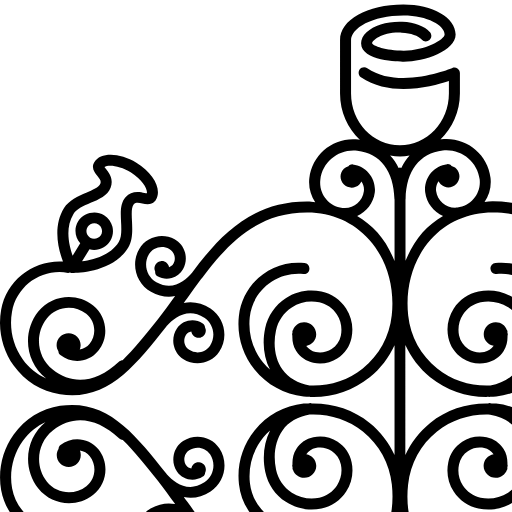
<?xml version="1.0" encoding="iso-8859-1"?>
<!-- Uploaded to: SVG Repo, www.svgrepo.com, Generator: SVG Repo Mixer Tools -->
<!DOCTYPE svg PUBLIC "-//W3C//DTD SVG 1.1//EN" "http://www.w3.org/Graphics/SVG/1.1/DTD/svg11.dtd">
<svg fill="#000000" version="1.1" id="Capa_1" xmlns="http://www.w3.org/2000/svg" xmlns:xlink="http://www.w3.org/1999/xlink"
	 width="800px" height="800px" viewBox="0 0 196.131 196.131"
	 xml:space="preserve">
<g>
	<path d="M181.407,99.511c-11.522-1.751-18.263,6.76-26.083,16.632c-0.042,0.053-0.09,0.11-0.116,0.163
		c-0.005,0.011-0.01,0-0.016,0.011c-1.688,1.883-5.131,4.625-9.176,1.951c-2.272-1.508-2.895-4.604-1.392-6.866
		c1.128-1.682,3.438-2.135,5.109-1.012c0.602,0.396,1.018,1.002,1.16,1.692c0.127,0.718,0,1.435-0.396,2.015
		c-0.321,0.453-0.785,0.696-1.276,0.785c-0.142-0.922-0.959-1.607-1.903-1.529c-1.013,0.09-1.729,0.96-1.656,1.946
		c0.021,0.211,0.101,0.411,0.169,0.591c0.042,0.38,0.206,0.749,0.564,0.98c2.099,1.387,4.936,0.812,6.344-1.26
		c0.786-1.197,1.076-2.621,0.786-4.04c-0.29-1.413-1.107-2.62-2.31-3.428c-2.953-1.94-6.919-1.154-8.859,1.767
		c-2.337,3.502-1.371,8.248,2.136,10.605c1.571,1.049,3.248,1.556,4.898,1.556c0.56,0,1.113-0.105,1.672-0.195
		c-0.321,0.442-0.654,0.859-0.96,1.303c-1.118,1.561-2.246,3.111-3.396,4.641c-0.032,0.053-0.069,0.084-0.101,0.116
		c-0.011,0.01,0,0.025-0.011,0.025c-6.381,8.518-13.626,16.079-25.776,16.079c-0.031,0-0.063,0-0.09,0
		c-5.953-0.016-11.332-2.378-15.15-6.649c-4.292-4.805-6.307-11.592-5.524-18.589c0.562-5.147,3.066-9.762,7.095-12.983
		c3.718-2.995,8.321-4.388,13.047-4.166c2.863,0.496,5.168,1.804,6.645,3.892c1.771,2.5,2.352,5.996,1.582,9.608
		c-0.501,2.331-1.872,4.324-3.865,5.632c-2.004,1.287-4.403,1.729-6.724,1.234c-1.799-0.375-3.339-1.445-4.351-2.985
		c-1.002-1.539-1.329-3.364-0.949-5.168c0.284-1.36,1.07-2.521,2.246-3.279c1.171-0.771,2.579-1.013,3.939-0.738
		c0.938,0.2,1.703,0.748,2.288,1.497c-1.392,0.253-2.462,1.424-2.441,2.89c0.026,1.625,1.366,2.933,3.001,2.9
		c1.244-0.01,2.288-0.812,2.7-1.919c0.031-0.074,0.11-0.105,0.115-0.18c0.032-0.153-0.016-0.316,0.006-0.475
		c0.021-0.132,0.084-0.264,0.084-0.411c0-0.105-0.058-0.2-0.068-0.306c0.048-1.318-0.195-2.637-0.938-3.776
		c-0.981-1.471-2.447-2.499-4.172-2.857c-2.114-0.475-4.219-0.043-5.975,1.107c-1.771,1.165-2.99,2.932-3.412,4.993
		c-0.537,2.505-0.062,5.062,1.318,7.193c1.408,2.146,3.544,3.628,6.055,4.161c0.801,0.179,1.624,0.264,2.436,0.264
		c2.215,0,4.398-0.633,6.318-1.889c2.594-1.688,4.387-4.292,5.03-7.33c0.791-3.681,0.316-7.256-1.181-10.178
		c0.59,0.549,1.181,1.098,1.688,1.72c2.558,3.175,3.707,7.13,3.259,11.169c-0.718,6.518-6.624,11.164-13.12,10.547
		c-0.834-0.18-1.408,0.453-1.487,1.191c-0.085,0.749,0.464,1.408,1.207,1.482c8.032,0.906,15.204-4.931,16.084-12.931
		c0.533-4.762-0.827-9.429-3.828-13.168c-3.001-3.723-7.272-6.075-12.023-6.592c-0.38-0.053-0.765,0.011-1.139-0.011
		c-0.18-0.042-0.338-0.105-0.522-0.115c-0.127-0.011-0.242,0.1-0.358,0.115c-5.157-0.095-10.125,1.487-14.183,4.757
		c-2.674,2.142-4.678,4.852-6.086,7.868V99.146v-2.125V84.597c1.408,3.03,3.417,5.735,6.086,7.868
		c3.952,3.186,8.767,4.862,13.771,4.862c0.174,0,0.337-0.031,0.521-0.031c0.032,0,0.059,0.031,0.095,0.031
		c0.059,0,0.111-0.011,0.158-0.011c0.085-0.011,0.132-0.042,0.201-0.042c0.484-0.031,0.985-0.031,1.466-0.09
		c4.751-0.517,9.022-2.853,12.023-6.592c2.995-3.723,4.366-8.397,3.839-13.168c-0.875-7.989-8.079-13.742-16.084-12.93
		c-0.749,0.084-1.271,0.749-1.202,1.474c0.09,0.738,0.653,1.35,1.487,1.191c6.486-0.641,12.402,4.019,13.12,10.547
		c0.433,4.04-0.718,8.003-3.259,11.167c-0.512,0.633-1.092,1.194-1.688,1.729c1.477-2.922,1.961-6.497,1.181-10.181
		c-0.638-3.035-2.426-5.643-5.041-7.327c-2.595-1.695-5.722-2.278-8.754-1.624c-2.5,0.527-4.641,2.001-6.044,4.155
		c-1.392,2.141-1.866,4.693-1.328,7.183c0.432,2.069,1.645,3.839,3.417,5.002c1.771,1.149,3.881,1.571,5.97,1.107
		c1.729-0.346,3.227-1.385,4.176-2.858c0.749-1.139,0.981-2.444,0.939-3.763c0.01-0.113,0.073-0.2,0.073-0.319
		c0-0.134-0.063-0.276-0.09-0.398c-0.021-0.158,0.026-0.333-0.005-0.488c-0.016-0.076-0.095-0.108-0.116-0.155
		c-0.396-1.107-1.455-1.912-2.71-1.917c-1.625-0.045-2.964,1.263-2.985,2.887c-0.026,1.464,1.044,2.637,2.437,2.89
		c-0.569,0.762-1.35,1.297-2.289,1.485c-1.376,0.287-2.789,0.044-3.944-0.738c-1.16-0.763-1.956-1.912-2.246-3.278
		c-0.364-1.793-0.042-3.63,0.965-5.158c1.007-1.54,2.547-2.597,4.346-2.998c2.33-0.496,4.725-0.042,6.724,1.242
		c1.987,1.297,3.369,3.301,3.865,5.632c0.77,3.607,0.189,7.106-1.582,9.608c-1.466,2.088-3.786,3.406-6.645,3.892
		c-4.715,0.211-9.323-1.181-13.036-4.163c-4.029-3.24-6.56-7.834-7.111-12.98c-0.767-7.017,1.247-13.809,5.529-18.594
		c3.828-4.271,9.207-6.634,15.15-6.639c0.032,0,0.059,0,0.095,0c12.15,0,19.417,7.554,25.777,16.073
		c0.005,0.011,0,0.021,0.005,0.021c0.021,0.034,0.048,0.055,0.068,0.076c1.16,1.551,2.3,3.122,3.417,4.693
		c0.316,0.433,0.628,0.841,0.939,1.273c-2.194-0.443-4.44,0-6.55,1.395c-3.496,2.344-4.472,7.084-2.136,10.589
		c1.218,1.846,3.254,2.845,5.315,2.845c1.224,0,2.447-0.346,3.544-1.062c1.191-0.789,2.004-2.015,2.299-3.431
		c0.279-1.413,0-2.845-0.791-4.039c-1.397-2.089-4.229-2.655-6.344-1.263c-0.348,0.232-0.522,0.588-0.564,0.983
		c-0.09,0.177-0.147,0.377-0.169,0.588c-0.095,1.004,0.644,1.88,1.651,1.948c0.943,0.076,1.734-0.609,1.898-1.526
		c0.506,0.073,0.98,0.329,1.281,0.783c0.396,0.578,0.532,1.294,0.396,2.004c-0.143,0.717-0.554,1.305-1.155,1.693
		c-1.688,1.142-3.992,0.675-5.115-1.013c-1.503-2.27-0.881-5.347,1.393-6.866c4.034-2.665,7.482,0.087,9.176,1.951
		c0,0,0.005,0,0.005,0.011c0.048,0.053,0.095,0.113,0.121,0.156c7.826,9.861,14.561,18.413,26.094,16.629
		c4.582-0.706,8.605-3.195,11.358-7.032c2.811-3.926,3.929-8.899,3.069-13.668c-1.318-7.302-7.921-12.264-15.172-11.831
		c1.134-2.964,2.584-8.512-0.253-13.1c-1.202-1.93-3.459-2.911-5.437-3.775c-1.535-0.665-3.128-1.361-3.465-2.215
		c-0.232-0.609,0.031-1.042,0.759-1.928c0.58-0.751,1.577-1.959,0.729-3.341c-1.524-2.468-6.239-2.368-10.326,0.156
		c-4.287,2.645-6.328,6.605-4.751,9.152c0.242,0.391,0.807,1.021,1.967,1.021c0.454,0,0.912-0.098,1.351-0.177
		c0.833-0.189,1.587-0.329,2.072,0.188c0.611,0.675,0.538,2.404,0.442,4.084c-0.115,2.149-0.237,4.612,0.949,6.55
		c3.66,5.896,12.003,6.188,13.632,6.188c0.017,0,0.254,0,0.264,0c0.127,0,0.27-0.082,0.391-0.113
		c0.147,0.021,0.29,0.113,0.433,0.108c6.444-1.163,12.582,3.122,13.731,9.537c0.744,4.05-0.221,8.288-2.6,11.62
		c-1.497,2.112-3.491,3.684-5.748,4.715c0.021-0.021,0.042-0.034,0.068-0.045c5.01-3.984,5.844-11.327,1.856-16.334
		c-3.29-4.148-9.354-4.812-13.458-1.527c-3.422,2.721-3.986,7.731-1.266,11.141c2.289,2.85,6.455,3.314,9.308,1.046
		c0.316-0.243,0.459-0.593,0.485-0.973c0.253-0.419,0.438-0.917,0.438-1.458c0-1.624-1.318-2.942-2.953-2.942
		c-1.645,0-2.942,1.318-2.942,2.942c0,0.38,0.085,0.73,0.211,1.065c-0.928-0.158-1.793-0.602-2.42-1.382
		c-1.793-2.257-1.424-5.558,0.838-7.361c2.942-2.365,7.299-1.856,9.65,1.097c3.059,3.86,2.426,9.492-1.424,12.562
		c-4.946,3.923-10.736,3.217-16.3-1.983c-0.237-0.221-0.549-0.298-0.839-0.318c-2.668-2.592-5.421-5.962-8.611-9.991
		c-1.455-1.824-2.832-3.762-4.267-5.756c0.507,0.098,1.013,0.201,1.514,0.201c1.466,0,2.959-0.401,4.393-1.226
		c3.676-2.067,4.983-6.75,2.917-10.434c-1.73-3.077-5.659-4.163-8.701-2.434c-1.25,0.707-2.152,1.856-2.558,3.243
		c-0.386,1.4-0.211,2.842,0.501,4.11c0.596,1.052,1.592,1.835,2.773,2.149c1.182,0.335,2.404,0.179,3.476-0.422
		c0.458-0.264,0.601-0.749,0.574-1.237c0.068-0.145,0.127-0.285,0.147-0.43c0.148-1.004-0.532-1.914-1.519-2.069
		c-0.97-0.135-1.877,0.54-2.035,1.484c-0.443-0.145-0.828-0.419-1.061-0.831c-0.348-0.609-0.442-1.35-0.242-2.046
		c0.185-0.686,0.638-1.252,1.261-1.616c1.75-0.991,4.023-0.366,5.046,1.405c1.324,2.392,0.485,5.421-1.903,6.761
		c-3.997,2.268-7.141-0.377-8.785-2.381c-6.809-9.165-14.576-17.416-28.134-17.416c-0.032,0-0.069,0-0.105,0
		c-0.665,0-1.287,0.145-1.936,0.201c1.139-1.696,1.725-3.808,1.461-5.988c-0.729-5.919-6.16-10.094-12.045-9.408
		c-0.095,0.011-0.153,0.032-0.24,0.042c2.919-2.813,4.78-6.813,4.78-11.285v-5c0-0.453-0.221-0.875-0.601-1.128
		c-0.364-0.256-0.844-0.298-1.261-0.116c-0.116,0.056-13.038,5.435-20.851,0.045c-0.601-0.411-1.453-0.267-1.885,0.34
		c-0.422,0.614-0.264,1.464,0.34,1.886c7.193,4.933,17.384,2.32,21.558,0.917v3.051c0,7.003-5.379,12.707-11.995,12.707
		c-6.615,0-11.994-5.704-11.994-12.707V9.83c0-2.911,5.147-6.033,12.825-6.033c5.961,0,10.114,2.458,10.114,4.657
		c0,1.233-4.839,3.968-10.012,3.968c-4.487,0-7.57-1.184-7.765-1.813c0.024-0.606,2.365-2.819,7.275-2.598
		c2.246,0.111,4.071,0.733,4.875,1.672c0.488,0.562,1.329,0.622,1.912,0.132c0.562-0.488,0.622-1.334,0.137-1.914
		c-1.329-1.517-3.733-2.444-6.795-2.584c-3.628-0.127-6.863,0.785-8.764,2.603c-0.875,0.83-1.339,1.769-1.339,2.689
		c0,4.385,9.397,4.514,10.465,4.514c5.065,0,12.712-2.668,12.712-6.663c0-4.137-5.632-7.361-12.814-7.361
		c-8.859,0-15.525,3.752-15.525,8.732v13.1c0,4.514,1.896,8.543,4.844,11.361c-0.113-0.011-0.203-0.053-0.316-0.066
		c-5.996-0.744-11.335,3.497-12.052,9.413c-0.261,2.167,0.322,4.229,1.439,5.935c-0.641-0.042-1.247-0.189-1.912-0.189
		c-0.037,0-0.068,0-0.113,0c-13.542,0-21.318,8.234-28.128,17.421c-1.635,1.993-4.778,4.643-8.786,2.375
		c-2.365-1.339-3.228-4.375-1.896-6.75c1.01-1.783,3.256-2.397,5.049-1.414c0.623,0.34,1.065,0.929,1.258,1.614
		c0.195,0.696,0.113,1.432-0.248,2.046c-0.231,0.411-0.609,0.686-1.052,0.833c-0.169-0.968-1.076-1.643-2.036-1.487
		c-1.004,0.148-1.685,1.065-1.529,2.064c0.021,0.15,0.103,0.285,0.145,0.428c-0.021,0.49,0.127,0.976,0.58,1.233
		c1.062,0.602,2.299,0.768,3.478,0.422c1.187-0.334,2.165-1.097,2.769-2.154c0.707-1.248,0.886-2.71,0.503-4.108
		c-0.385-1.385-1.287-2.534-2.55-3.241c-3.056-1.73-6.982-0.633-8.709,2.428c-2.07,3.689-0.762,8.372,2.908,10.439
		c1.458,0.804,2.932,1.221,4.396,1.221c0.52,0,1.018-0.114,1.524-0.201c-1.432,1.994-2.813,3.937-4.267,5.761
		c-3.19,4.029-5.94,7.383-8.606,9.975c-0.308,0.021-0.606,0.113-0.844,0.335c-5.566,5.21-11.361,5.906-16.297,1.982
		c-3.85-3.069-4.493-8.701-1.442-12.551c2.365-2.963,6.702-3.478,9.671-1.107c2.252,1.804,2.626,5.105,0.833,7.346
		c-0.627,0.789-1.503,1.237-2.42,1.387c0.113-0.335,0.211-0.686,0.211-1.052c0-1.627-1.313-2.945-2.942-2.945
		c-1.648,0-2.953,1.318-2.953,2.945c0,0.543,0.176,1.015,0.438,1.463c0.026,0.356,0.161,0.723,0.485,0.965
		c2.85,2.268,7.029,1.793,9.294-1.052c2.737-3.42,2.154-8.43-1.25-11.135c-4.134-3.288-10.167-2.603-13.46,1.521
		c-3.992,5.028-3.153,12.35,1.861,16.342c0.024,0.011,0.056,0.037,0.077,0.048c-2.268-1.036-4.261-2.598-5.761-4.725
		c-2.386-3.331-3.344-7.565-2.613-11.615c1.166-6.415,7.293-10.687,13.737-9.542c0.15,0.031,0.285-0.082,0.433-0.104
		c0.129,0.042,0.264,0.114,0.398,0.114c0.01,0,0.248,0,0.258,0c1.653,0,9.996-0.303,13.638-6.188
		c1.187-1.922,1.046-4.385,0.949-6.549c-0.093-1.675-0.174-3.401,0.442-4.077c0.485-0.519,1.237-0.385,2.073-0.195
		c0.438,0.098,0.896,0.185,1.35,0.185c1.152,0,1.725-0.639,1.967-1.028c1.577-2.568-0.464-6.505-4.757-9.157
		c-4.089-2.529-8.793-2.635-10.32-0.146c-0.849,1.376,0.124,2.587,0.728,3.33c0.72,0.886,0.994,1.318,0.751,1.946
		c-0.329,0.841-1.911,1.537-3.457,2.201c-1.985,0.865-4.243,1.849-5.437,3.771c-2.834,4.594-1.387,10.141-0.258,13.104
		C8.201,63.677,1.604,68.658,0.28,75.946c-0.854,4.759,0.264,9.753,3.066,13.668c2.745,3.841,6.771,6.331,11.361,7.038
		c11.562,1.782,18.257-6.764,26.083-16.633c0.042-0.055,0.092-0.113,0.119-0.163c0.005,0,0.011,0,0.016-0.011
		c1.696-1.875,5.147-4.611,9.176-1.948c2.273,1.505,2.888,4.596,1.393,6.863c-1.123,1.685-3.428,2.138-5.113,1.015
		c-0.601-0.396-1.015-1.004-1.158-1.7c-0.129-0.709,0-1.427,0.396-2.015c0.309-0.454,0.783-0.696,1.284-0.778
		c0.148,0.933,0.952,1.608,1.896,1.527c1.01-0.09,1.722-0.96,1.653-1.943c-0.021-0.211-0.098-0.409-0.179-0.594
		c-0.042-0.379-0.201-0.746-0.557-0.978c-2.117-1.397-4.946-0.826-6.344,1.257c-0.789,1.2-1.076,2.621-0.789,4.04
		c0.285,1.416,1.097,2.621,2.299,3.431c1.097,0.722,2.333,1.062,3.544,1.062c2.067,0,4.092-1.01,5.312-2.829
		C56.073,82.751,55.11,78,51.601,75.65c-2.096-1.395-4.348-1.838-6.549-1.395c0.313-0.433,0.635-0.836,0.938-1.269
		c1.118-1.571,2.257-3.132,3.407-4.68c0.04-0.034,0.066-0.056,0.092-0.093c0.005-0.01,0-0.023,0.005-0.023
		c6.384-8.52,13.624-16.079,25.774-16.079c0.039,0,0.071,0,0.098,0c5.951,0.011,11.33,2.381,15.147,6.647
		c4.293,4.804,6.307,11.588,5.524,18.592c-0.562,5.142-3.077,9.758-7.096,12.985c-3.721,2.993-8.332,4.375-13.057,4.164
		c-2.855-0.496-5.157-1.814-6.636-3.893c-1.772-2.505-2.36-6.001-1.582-9.608c0.495-2.336,1.866-4.334,3.865-5.632
		c1.999-1.294,4.385-1.732,6.724-1.236c1.798,0.375,3.327,1.453,4.343,2.993c1.004,1.535,1.331,3.365,0.959,5.168
		c-0.29,1.361-1.073,2.521-2.247,3.272c-1.17,0.778-2.586,1.016-3.937,0.741c-0.944-0.195-1.711-0.757-2.294-1.492
		c1.397-0.253,2.468-1.43,2.447-2.89c-0.024-1.625-1.363-2.932-2.998-2.892c-1.253,0.01-2.308,0.814-2.711,1.922
		c-0.026,0.063-0.103,0.103-0.113,0.161c-0.04,0.152,0.016,0.324-0.011,0.477c-0.029,0.13-0.082,0.27-0.082,0.409
		c0,0.113,0.053,0.2,0.066,0.313c-0.045,1.313,0.198,2.629,0.944,3.771c0.967,1.469,2.446,2.505,4.168,2.855
		c2.091,0.454,4.206,0.042,5.977-1.107c1.772-1.165,2.982-2.932,3.407-4.994c0.54-2.502,0.065-5.055-1.321-7.193
		c-1.4-2.144-3.539-3.631-6.049-4.158c-3.035-0.654-6.151-0.082-8.754,1.624c-2.592,1.685-4.385,4.293-5.033,7.322
		c-0.789,3.688-0.319,7.264,1.173,10.186c-0.588-0.546-1.173-1.097-1.685-1.729c-2.55-3.164-3.71-7.122-3.262-11.161
		c0.717-6.528,6.603-11.183,13.121-10.544c0.789,0.14,1.416-0.454,1.487-1.194c0.084-0.747-0.458-1.411-1.199-1.485
		c-8.024-0.859-15.211,4.937-16.087,12.938c-0.524,4.762,0.836,9.427,3.839,13.16c3.003,3.729,7.275,6.075,12.026,6.597
		c0.49,0.053,0.973,0.053,1.463,0.096c0.066,0,0.119,0.031,0.19,0.042c0.063,0,0.113,0.011,0.171,0.011
		c0.032,0,0.05-0.032,0.093-0.032c0.161,0,0.335,0.032,0.52,0.032c5.004,0,9.816-1.688,13.774-4.868
		c2.668-2.138,4.672-4.843,6.085-7.868v12.429v2.115v12.408c-1.413-3.027-3.417-5.737-6.085-7.868
		c-4.061-3.259-9.012-4.841-14.18-4.757c-0.119-0.026-0.232-0.115-0.361-0.115c-0.179,0.031-0.335,0.095-0.52,0.115
		c-0.377,0.021-0.762-0.037-1.139,0.011c-4.757,0.517-9.028,2.848-12.026,6.592c-3.003,3.718-4.364,8.406-3.829,13.163
		c0.865,7.983,8.018,13.721,16.086,12.936c0.741-0.09,1.274-0.754,1.205-1.482c-0.092-0.738-0.712-1.371-1.495-1.191
		c-6.518,0.617-12.395-4.029-13.112-10.547c-0.443-4.039,0.717-7.994,3.262-11.164c0.514-0.627,1.081-1.197,1.685-1.725
		c-1.474,2.922-1.949,6.497-1.176,10.178c0.636,3.038,2.423,5.653,5.036,7.33c1.912,1.234,4.095,1.889,6.318,1.889
		c0.807,0,1.626-0.085,2.436-0.264c2.51-0.533,4.644-2.004,6.043-4.161c1.392-2.142,1.867-4.693,1.329-7.183
		c-0.433-2.072-1.643-3.839-3.415-5.004c-1.77-1.15-3.897-1.572-5.972-1.107c-1.727,0.353-3.222,1.387-4.174,2.857
		c-0.738,1.14-0.983,2.452-0.938,3.771c-0.011,0.111-0.066,0.2-0.066,0.312c0,0.143,0.055,0.279,0.077,0.411
		c0.026,0.153-0.021,0.321,0.011,0.475c0.016,0.079,0.092,0.11,0.113,0.163c0.398,1.107,1.453,1.915,2.7,1.926
		c1.635,0.036,2.974-1.271,2.998-2.9c0.026-1.467-1.044-2.632-2.442-2.885c0.562-0.754,1.351-1.298,2.294-1.492
		c1.366-0.291,2.777-0.037,3.937,0.738c1.173,0.77,1.961,1.914,2.247,3.285c0.379,1.793,0.045,3.623-0.955,5.157
		c-1.01,1.54-2.544,2.6-4.343,2.99c-2.344,0.495-4.72,0.042-6.724-1.239c-1.996-1.309-3.37-3.302-3.866-5.633
		c-0.772-3.606-0.189-7.103,1.582-9.607c1.474-2.078,3.776-3.396,6.637-3.893c4.736-0.211,9.337,1.182,13.057,4.161
		c4.029,3.243,6.55,7.847,7.106,12.994c0.772,7.014-1.242,13.795-5.534,18.594c-3.818,4.271-9.197,6.634-15.14,6.645
		c-0.035,0-0.061,0-0.092,0c-12.15,0-19.419-7.541-25.779-16.079c-0.005-0.021,0-0.031-0.005-0.031
		c-0.029-0.047-0.066-0.068-0.097-0.11c-1.152-1.54-2.281-3.101-3.399-4.662c-0.316-0.442-0.641-0.864-0.97-1.303
		c0.562,0.111,1.107,0.195,1.68,0.195c1.669,0,3.33-0.506,4.901-1.561c3.504-2.342,4.472-7.083,2.139-10.589
		c-1.933-2.933-5.933-3.719-8.878-1.783c-1.192,0.802-2.012,2.015-2.299,3.443c-0.282,1.414,0,2.832,0.793,4.04
		c1.397,2.088,4.234,2.642,6.344,1.25c0.349-0.232,0.52-0.575,0.562-0.971c0.092-0.189,0.147-0.39,0.168-0.601
		c0.093-0.992-0.643-1.867-1.647-1.936c-0.944-0.09-1.738,0.585-1.901,1.514c-0.506-0.074-0.986-0.316-1.279-0.771
		c-0.396-0.591-0.535-1.308-0.396-2.015c0.142-0.706,0.551-1.308,1.147-1.692c1.701-1.134,4-0.69,5.123,1.013
		c1.503,2.272,0.881,5.347-1.392,6.865c-4.04,2.664-7.486-0.078-9.176-1.945c0,0-0.005,0-0.005-0.011
		c-0.053-0.058-0.098-0.116-0.124-0.169c-7.823-9.851-14.525-18.404-26.093-16.632c-4.585,0.717-8.611,3.206-11.356,7.045
		c-2.813,3.929-3.931,8.901-3.072,13.658c1.313,7.314,7.921,12.267,15.174,11.845c-1.139,2.963-2.586,8.506,0.253,13.099
		c1.195,1.925,3.457,2.911,5.438,3.776c1.534,0.664,3.127,1.36,3.462,2.209c0.232,0.617-0.042,1.05-0.757,1.936
		c-0.583,0.743-1.577,1.956-0.728,3.344c0.751,1.202,2.165,1.866,4.002,1.866c1.922,0,4.227-0.738,6.323-2.024
		c4.287-2.653,6.328-6.608,4.751-9.155c-0.248-0.39-0.809-1.033-1.964-1.033c-0.456,0-0.915,0.105-1.35,0.189
		c-0.838,0.19-1.59,0.327-2.075-0.2c-0.614-0.675-0.541-2.395-0.443-4.071c0.113-2.151,0.237-4.608-0.96-6.55
		c-3.631-5.863-11.902-6.19-13.858-6.19c-0.011,0-0.021,0-0.026,0c-0.129,0-0.264,0.084-0.393,0.116
		c-0.147-0.021-0.288-0.116-0.443-0.105c-6.431,1.154-12.572-3.133-13.732-9.54c-0.73-4.05,0.232-8.284,2.613-11.617
		c1.495-2.115,3.488-3.687,5.746-4.726c-0.021,0.021-0.042,0.037-0.066,0.048c-5.01,3.992-5.849,11.333-1.856,16.343
		c1.901,2.367,4.693,3.606,7.512,3.606c2.099,0,4.195-0.686,5.951-2.083c3.434-2.721,3.995-7.736,1.263-11.143
		c-2.268-2.837-6.441-3.301-9.294-1.044c-0.319,0.242-0.459,0.591-0.485,0.96c-0.253,0.432-0.438,0.917-0.438,1.466
		c0,1.629,1.318,2.942,2.953,2.942c1.632,0,2.942-1.313,2.942-2.942c0-0.375-0.089-0.728-0.208-1.05
		c0.923,0.143,1.79,0.586,2.418,1.371c1.793,2.263,1.426,5.559-0.836,7.361c-2.956,2.357-7.307,1.856-9.666-1.097
		c-3.056-3.86-2.416-9.497,1.434-12.562c4.936-3.934,10.726-3.232,16.303,1.983c0.237,0.231,0.556,0.312,0.854,0.332
		c2.653,2.589,5.411,5.948,8.596,9.972c1.453,1.814,2.819,3.761,4.25,5.743c-1.943-0.364-3.958-0.068-5.906,1.028
		c-3.678,2.067-4.986,6.75-2.922,10.437c1.182,2.088,3.346,3.259,5.582,3.259c1.065,0,2.139-0.264,3.122-0.822
		c1.252-0.707,2.154-1.856,2.561-3.238c0.382-1.393,0.211-2.848-0.504-4.103c-0.593-1.065-1.593-1.846-2.774-2.162
		c-1.178-0.338-2.405-0.169-3.472,0.422c-0.459,0.264-0.606,0.749-0.578,1.233c-0.066,0.138-0.137,0.274-0.158,0.422
		c-0.134,1.002,0.545,1.909,1.529,2.057c0.97,0.148,1.867-0.527,2.036-1.471c0.443,0.143,0.825,0.416,1.057,0.817
		c0.351,0.622,0.443,1.35,0.25,2.057c-0.19,0.686-0.644,1.255-1.266,1.618c-1.764,0.992-4.04,0.354-5.044-1.407
		c-1.326-2.39-0.485-5.432,1.901-6.771c3.998-2.268,7.14,0.391,8.775,2.395c6.816,9.154,14.586,17.402,28.147,17.402
		c0.031,0,0.068,0,0.108,0c0.662,0,1.284-0.132,1.927-0.19c-1.147,1.698-1.725,3.787-1.463,5.991
		c0.675,5.474,5.355,9.492,10.74,9.492c0.432,0,0.87-0.032,1.308-0.085c0.092-0.01,0.15-0.042,0.237-0.053
		c-2.916,2.811-4.78,6.824-4.78,11.296v4.999c0,0.454,0.221,0.876,0.601,1.129c0.367,0.264,0.852,0.285,1.263,0.116
		c0.113-0.063,13.036-5.421,20.849-0.042c0.611,0.411,1.463,0.264,1.885-0.343c0.425-0.623,0.267-1.461-0.34-1.883
		c-7.183-4.937-17.395-2.331-21.558-0.918v-3.054c0-7.008,5.379-12.703,11.995-12.703c6.615,0,11.994,5.695,11.994,12.703v13.1
		c0,2.911-5.146,6.033-12.825,6.033c-5.961,0-10.115-2.458-10.115-4.656c0-1.239,4.839-3.977,10.012-3.977
		c4.488,0,7.57,1.187,7.766,1.814c-0.029,0.601-2.376,2.837-7.275,2.6c-2.246-0.111-4.071-0.728-4.875-1.672
		c-0.488-0.559-1.329-0.617-1.912-0.132c-0.562,0.49-0.623,1.34-0.134,1.914c1.321,1.509,3.73,2.447,6.792,2.584
		c3.628,0.127,6.863-0.785,8.765-2.604c0.875-0.828,1.339-1.767,1.339-2.689c0-4.383-9.397-4.515-10.465-4.515
		c-5.06,0-12.706,2.669-12.706,6.666c0,4.134,5.632,7.361,12.814,7.361c8.849,0,15.524-3.755,15.524-8.732v-13.1
		c0-4.524-1.893-8.543-4.844-11.358c0.114,0.01,0.193,0.053,0.319,0.068c0.443,0.058,0.876,0.09,1.308,0.09
		c5.385,0,10.072-4.029,10.748-9.509c0.258-2.167-0.327-4.224-1.445-5.933c0.638,0.059,1.25,0.19,1.914,0.19
		c0.037,0,0.068,0,0.105,0c13.553,0,21.326-8.232,28.14-17.408c1.635-2.004,4.777-4.656,8.785-2.389
		c2.368,1.34,3.232,4.372,1.894,6.75c-1.019,1.767-3.265,2.399-5.047,1.413c-0.622-0.337-1.065-0.928-1.261-1.613
		c-0.189-0.696-0.11-1.43,0.253-2.046c0.232-0.411,0.606-0.675,1.05-0.828c0.169,0.965,1.076,1.64,2.035,1.481
		c1.008-0.147,1.688-1.064,1.529-2.062c-0.021-0.153-0.1-0.29-0.142-0.433c0.021-0.485-0.127-0.976-0.586-1.234
		c-1.06-0.585-2.294-0.764-3.475-0.422c-1.187,0.333-2.162,1.098-2.769,2.157c-0.718,1.25-0.887,2.711-0.507,4.103
		c0.391,1.387,1.292,2.537,2.553,3.249c0.996,0.559,2.072,0.817,3.132,0.817c2.236,0,4.398-1.187,5.58-3.265
		c2.066-3.691,0.759-8.363-2.922-10.441c-1.93-1.086-3.939-1.402-5.906-1.022c1.424-1.983,2.811-3.935,4.25-5.732
		c3.19-4.029,5.938-7.383,8.602-9.982c0.311-0.021,0.611-0.105,0.849-0.327c5.553-5.221,11.359-5.917,16.295-1.983
		c3.86,3.059,4.493,8.691,1.439,12.551c-2.367,2.964-6.707,3.46-9.671,1.098c-2.247-1.804-2.621-5.095-0.828-7.341
		c0.628-0.786,1.503-1.234,2.426-1.393c-0.132,0.338-0.216,0.686-0.216,1.055c0,1.635,1.302,2.942,2.942,2.942
		c1.635,0,2.953-1.308,2.953-2.942c0-0.538-0.18-1.018-0.438-1.461c-0.026-0.353-0.175-0.717-0.485-0.96
		c-2.854-2.268-7.029-1.793-9.303,1.05c-2.721,3.423-2.146,8.433,1.255,11.138c1.757,1.393,3.871,2.088,5.959,2.088
		c2.816,0,5.622-1.239,7.521-3.617c3.992-5.021,3.153-12.34-1.861-16.332c-0.037-0.026-0.059-0.037-0.079-0.047
		c2.257,1.022,4.261,2.594,5.764,4.725c2.378,3.322,3.343,7.562,2.615,11.612c-1.171,6.412-7.309,10.684-13.737,9.545
		c-0.185-0.053-0.343,0.079-0.532,0.116c-0.2-0.069-0.391-0.127-0.56-0.127c-1.655,0-9.998,0.295-13.632,6.186
		c-1.191,1.914-1.055,4.383-0.954,6.55c0.09,1.683,0.174,3.396-0.443,4.071c-0.484,0.532-1.239,0.39-2.072,0.2
		c-0.438-0.11-0.896-0.19-1.35-0.19c-1.16,0-1.725,0.644-1.967,1.023c-1.577,2.573,0.464,6.508,4.762,9.16
		c2.088,1.287,4.388,2.025,6.307,2.025c1.846,0,3.265-0.665,4.008-1.878c0.85-1.371-0.126-2.595-0.728-3.333
		c-0.717-0.886-0.997-1.318-0.754-1.951c0.332-0.828,1.914-1.523,3.459-2.188c1.978-0.864,4.24-1.861,5.438-3.775
		c2.821-4.599,1.392-10.136,0.253-13.1c7.245,0.411,13.837-4.546,15.166-11.839c0.854-4.762-0.264-9.75-3.063-13.658
		C190.008,102.695,185.984,100.206,181.407,99.511z M167.011,59.332c-0.755-1.216-0.654-3.143-0.56-5.002
		c0.111-2.223,0.237-4.535-1.154-6.03c-0.771-0.833-1.73-1.255-2.88-1.255c-0.648,0-1.25,0.137-1.745,0.245
		c-0.19,0.042-0.38,0.084-0.554,0.108c-0.222-1.055,1.055-3.375,3.966-5.179c2.468-1.508,5.463-1.993,6.417-1.236
		c-0.11,0.134-0.231,0.316-0.337,0.43c-0.744,0.931-1.983,2.468-1.16,4.611c0.717,1.912,2.837,2.824,4.889,3.721
		c1.697,0.751,3.475,1.508,4.208,2.724c2.077,3.341,1.118,7.623,0.2,10.223l-1.867-3.03c1.292-1.474,1.593-3.652,0.507-5.414
		c-1.287-2.088-4.251-2.784-6.339-1.484c-1.044,0.644-1.782,1.669-2.072,2.848c-0.285,1.213-0.079,2.434,0.559,3.488
		c0.844,1.371,2.32,2.191,3.929,2.191c0.385,0,0.771-0.076,1.149-0.155l1.825,2.953C173.317,63.722,169.051,62.651,167.011,59.332z
		 M173.043,58.575c-0.664,0-1.276-0.335-1.624-0.907c-0.269-0.432-0.348-0.952-0.237-1.447c0.116-0.496,0.422-0.918,0.854-1.182
		c0.301-0.189,0.633-0.287,0.996-0.287c0.67,0,1.282,0.335,1.635,0.907c0.564,0.886,0.274,2.069-0.622,2.613
		C173.739,58.478,173.396,58.575,173.043,58.575z M18.012,52.458c0.752-1.216,2.513-1.982,4.214-2.724
		c2.051-0.896,4.168-1.814,4.886-3.731c0.823-2.133-0.414-3.67-1.16-4.601c-0.113-0.124-0.232-0.295-0.335-0.433
		c0.944-0.77,3.942-0.285,6.415,1.239c2.922,1.835,4.195,4.135,3.974,5.189c-0.155-0.024-0.345-0.066-0.562-0.108
		c-0.496-0.108-1.089-0.245-1.737-0.245c-1.15,0-2.133,0.422-2.88,1.244c-1.392,1.506-1.263,3.818-1.154,6.041
		c0.103,1.859,0.195,3.786-0.562,4.991c-2.057,3.33-6.307,4.385-8.997,4.746l1.825-2.953c0.369,0.095,0.762,0.156,1.142,0.156
		c1.613,0,3.066-0.82,3.929-2.181c0.643-1.055,0.849-2.292,0.562-3.491c-0.285-1.192-1.016-2.212-2.057-2.855
		c-2.112-1.274-5.06-0.578-6.35,1.495c-1.086,1.761-0.788,3.926,0.506,5.411l-1.867,3.032C16.892,60.091,15.929,55.82,18.012,52.458
		z M22.096,58.288c-0.896-0.56-1.184-1.738-0.622-2.624c0.34-0.562,0.967-0.907,1.637-0.907c0.346,0,0.696,0.108,1.015,0.288
		c0.417,0.274,0.728,0.696,0.836,1.191c0.108,0.499,0.034,1.016-0.237,1.458C24.179,58.52,22.966,58.834,22.096,58.288z
		 M29.115,136.856c0.757,1.213,0.654,3.144,0.562,5c-0.113,2.225-0.237,4.535,1.155,6.032c0.767,0.828,1.729,1.25,2.879,1.25
		c0.648,0,1.247-0.132,1.746-0.243c0.187-0.042,0.377-0.089,0.554-0.11c0.221,1.055-1.057,3.375-3.968,5.179
		c-2.458,1.519-5.463,2.004-6.415,1.239c0.108-0.132,0.232-0.321,0.335-0.433c0.746-0.928,1.982-2.468,1.16-4.614
		c-0.717-1.909-2.835-2.821-4.886-3.718c-1.701-0.754-3.478-1.503-4.211-2.721c-2.075-3.344-1.118-7.626-0.201-10.226l1.867,3.032
		c-1.289,1.472-1.592,3.649-0.506,5.41c0.841,1.371,2.31,2.168,3.937,2.168c0.841,0,1.685-0.242,2.402-0.686
		c1.049-0.644,1.783-1.666,2.075-2.843c0.285-1.218,0.079-2.437-0.562-3.485c-1.031-1.688-3.132-2.415-5.028-1.973l-1.875-3.021
		C22.808,132.464,27.069,133.524,29.115,136.856z M23.085,137.61c0.662,0,1.273,0.333,1.624,0.907
		c0.27,0.428,0.346,0.949,0.237,1.445c-0.118,0.501-0.422,0.923-0.852,1.187c-0.303,0.189-0.638,0.285-0.999,0.285
		c-0.67,0-1.281-0.338-1.638-0.907c-0.562-0.886-0.274-2.067,0.623-2.616C22.386,137.706,22.737,137.61,23.085,137.61z
		 M108.533,36.909c4.382-0.506,8.501,2.626,9.06,7.059c0.401,3.407-2.024,6.518-5.432,6.93c-2.51,0.334-4.912-1.509-5.241-4.085
		c-0.114-0.872,0.145-1.695,0.604-2.381c0.118,0.267,0.293,0.53,0.514,0.752c1.055,1.041,2.774,1.021,3.829-0.053
		c1.044-1.055,1.033-2.787-0.042-3.842c-0.333-0.319-0.712-0.506-1.118-0.609c-0.285-0.309-0.644-0.509-1.076-0.433
		c-3.375,0.401-5.801,3.499-5.39,6.896c0.335,2.668,2.078,4.791,4.372,5.801c-1.827,1.128-3.552,2.412-5.025,4.061
		c-1.804,2.015-3.122,4.416-4.174,6.95v-15.04c0.005-0.042,0.026-0.087,0.026-0.113C99.603,41.835,102.843,37.619,108.533,36.909z
		 M98.062,38.386c0.799,0,1.582-0.116,2.355-0.245c-0.793,0.886-1.479,1.912-2.036,3.069c-0.113-0.034-0.19-0.124-0.319-0.124
		c-0.129,0-0.211,0.105-0.334,0.124c-0.556-1.174-1.242-2.184-2.078-3.08C96.444,38.27,97.243,38.386,98.062,38.386z M92.539,57.004
		c-1.464-1.638-3.164-2.922-4.979-4.04c2.268-1.021,3.984-3.132,4.324-5.767c0.412-3.396-2.014-6.486-5.389-6.898
		c-0.433-0.042-0.789,0.148-1.068,0.433c-0.411,0.113-0.794,0.319-1.123,0.622c-1.076,1.042-1.087,2.777-0.045,3.839
		c1.055,1.065,2.776,1.097,3.839,0.042c0.222-0.222,0.369-0.475,0.504-0.728c0.458,0.675,0.722,1.474,0.604,2.365
		c-0.324,2.586-2.71,4.443-5.252,4.092c-3.393-0.409-5.822-3.515-5.418-6.922c0.557-4.419,4.554-7.559,9.057-7.063
		c5.708,0.707,8.931,4.92,9.11,11.868c0,0.023,0.026,0.034,0.026,0.061V63.98C95.661,61.42,94.342,59.019,92.539,57.004z
		 M87.592,159.274c-4.364,0.484-8.5-2.621-9.057-7.062c-0.403-3.406,2.025-6.518,5.429-6.924c2.531-0.343,4.917,1.503,5.242,4.081
		c0.113,0.887-0.145,1.704-0.604,2.379c-0.119-0.264-0.293-0.527-0.515-0.749c-1.052-1.044-2.773-1.018-3.828,0.053
		c-1.042,1.055-1.031,2.79,0.045,3.839c0.329,0.322,0.712,0.512,1.118,0.612c0.285,0.295,0.63,0.485,1.073,0.433
		c3.375-0.401,5.801-3.502,5.389-6.898c-0.335-2.642-2.057-4.809-4.313-5.821c1.804-1.129,3.504-2.399,4.968-4.034
		c1.803-2.015,3.122-4.42,4.174-6.951v15.114c0,0.021-0.026,0.031-0.026,0.053C96.523,154.349,93.285,158.567,87.592,159.274z
		 M98.062,157.803c-0.799,0-1.582,0.11-2.354,0.243c0.794-0.887,1.479-1.915,2.036-3.069c0.114,0.031,0.19,0.126,0.319,0.126
		c0.129,0,0.211-0.11,0.335-0.126c0.557,1.171,1.242,2.183,2.081,3.079C99.682,157.913,98.883,157.803,98.062,157.803z
		 M109.646,155.899c0.433,0.031,0.791-0.143,1.071-0.422c0.411-0.121,0.801-0.316,1.123-0.628c1.075-1.055,1.086-2.779,0.031-3.839
		c-1.039-1.076-2.763-1.097-3.839-0.048c-0.211,0.222-0.358,0.475-0.493,0.733c-0.459-0.675-0.723-1.487-0.614-2.368
		c0.335-2.589,2.731-4.43,5.258-4.097c3.401,0.411,5.816,3.512,5.426,6.908c-0.563,4.43-4.566,7.551-9.06,7.082
		c-5.706-0.712-8.931-4.926-9.109-11.876c0-0.021-0.026-0.042-0.026-0.063v-15.051c1.052,2.531,2.37,4.937,4.174,6.951
		c1.453,1.613,3.143,2.895,4.925,4.002c-2.246,1.034-3.937,3.164-4.271,5.801C103.829,152.393,106.261,155.487,109.646,155.899z
		 M178.116,143.728c-0.754,1.219-2.516,1.983-4.214,2.722c-2.051,0.896-4.171,1.813-4.888,3.729
		c-0.823,2.136,0.416,3.675,1.16,4.604c0.115,0.121,0.231,0.301,0.337,0.433c-0.965,0.765-3.944,0.273-6.418-1.239
		c-2.921-1.835-4.192-4.135-3.971-5.189c0.153,0.021,0.343,0.068,0.56,0.11c0.495,0.111,1.091,0.243,1.74,0.243
		c1.149,0,2.13-0.422,2.879-1.239c1.393-1.508,1.261-3.818,1.155-6.043c-0.105-1.856-0.195-3.787,0.559-4.989
		c2.035-3.312,6.233-4.382,8.996-4.735l-1.866,3.006c-1.883-0.443-3.966,0.295-5.025,1.962c-0.644,1.049-0.85,2.288-0.564,3.485
		c0.284,1.197,1.018,2.215,2.057,2.854c0.728,0.442,1.561,0.69,2.415,0.69c1.613,0,3.08-0.812,3.934-2.184
		c1.087-1.761,0.791-3.929-0.506-5.41l1.877-3.021C179.234,136.103,180.188,140.385,178.116,143.728z M174.029,137.896
		c0.896,0.564,1.187,1.74,0.622,2.621c-0.538,0.865-1.74,1.176-2.621,0.622c-0.427-0.274-0.732-0.686-0.849-1.191
		c-0.116-0.496-0.031-1.013,0.237-1.456c0.343-0.564,0.96-0.906,1.624-0.906C173.392,137.61,173.739,137.706,174.029,137.896z"/>
</g>
</svg>